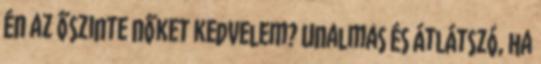
én az őszinte nőket kedvelem? Unalmas és átlátszó, ha